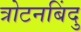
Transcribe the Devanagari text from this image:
त्रोटनबिंदु